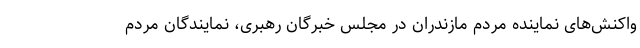
واکنش‌های نماینده مردم مازندران در مجلس خبرگان رهبری، نمایندگان مردم